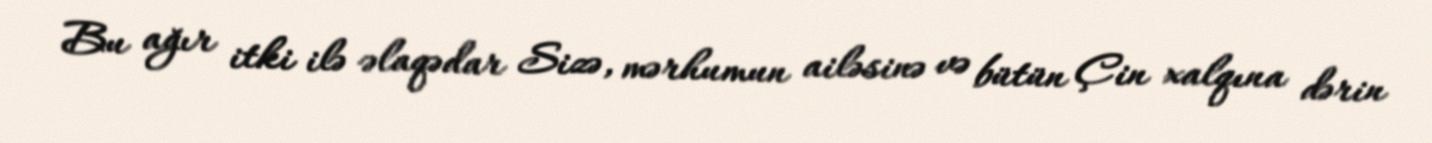
Bu ağır itki ilə əlaqədar Sizə, mərhumun ailəsinə və bütün Çin xalqına dərin